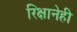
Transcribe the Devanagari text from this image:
रिक्षानेही